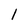
Character: l